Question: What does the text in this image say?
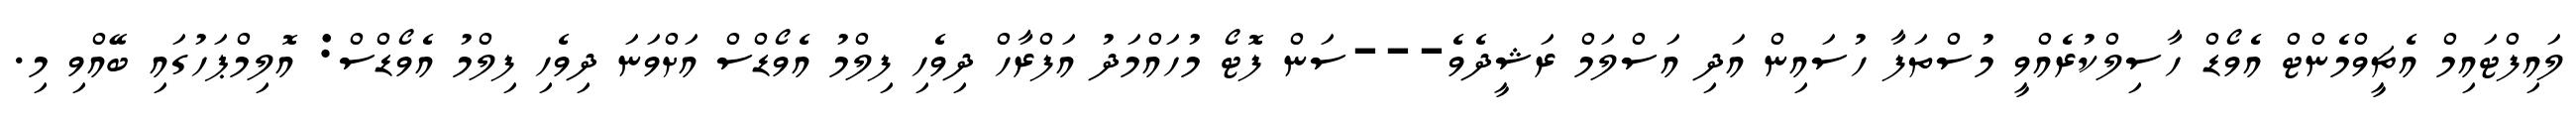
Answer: ލައިފްޓައިމް އެޗީވްމެންޓް އެވޯޑް ހާސިލްކުރެއްވީ މުސްތަފާ ހުސައިން އަދި އަސްލަމް ރަޝީދެވެ---ސަން ފޮޓޯ މުހައްމަދު އަފްރާހް ދިވެހި ފިލްމު އެވޯޑްސް އަށްވަނަ ދިވެހި ފިލްމު އެވޯޑްސް: އޮލިމްޕަހުގައި ބޭއްވި މި.